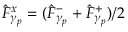
\hat { F } _ { \gamma _ { p } } ^ { x } = ( \hat { F } _ { \gamma _ { p } } ^ { - } + \hat { F } _ { \gamma _ { p } } ^ { + } ) / 2